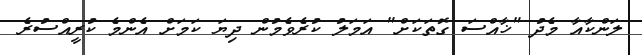
ލަންކާއާ މެދު "ޚާއްސަ ގޮތަކަށް" އަމަލު ކުރެވެމުން ދިޔަ ކަމަށް އެންމެ ކުރީއްސުރެ